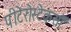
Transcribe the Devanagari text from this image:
पीटेरोस्टेकसॉ